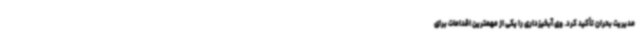
مدیریت بحران تأکید کرد. وی آبخیزداری را یکی از مهمترین اقدامات برای